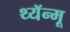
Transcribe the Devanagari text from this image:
थ्यॅन्मू